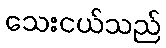
သေးငယ်သည်